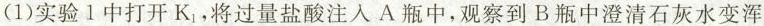
(1)实验1中打开K_{1}，将过量盐酸注入A瓶中，观察到B瓶中澄清石灰水变浑